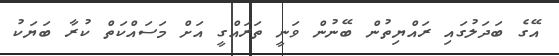
އޭގެ ބަދަލުގައި ރައްޔިތުން ބޭނުން ވަނީ ތަރައްގީ އަށް މަސައްކަތް ކުރާ ބަޔަކު